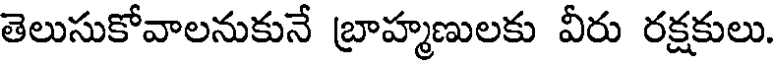
తెలుసుకోవాలనుకునే బ్రాహ్మణులకు వీరు రక్షకులు.